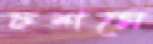
চশমে